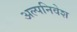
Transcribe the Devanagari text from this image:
अल्पनिवेश